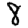
Digit: 8